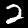
Label: 2